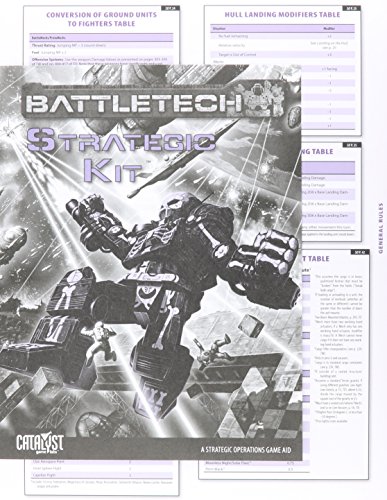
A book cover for Battletech Strategic Kit; Catalyst Game Labs; Science Fiction & Fantasy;